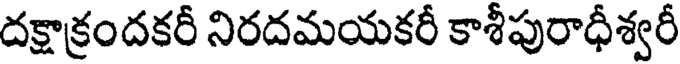
దక్షాక్రందకరీ నిరదమయకరీ కాశీపురాధీశ్వరీ